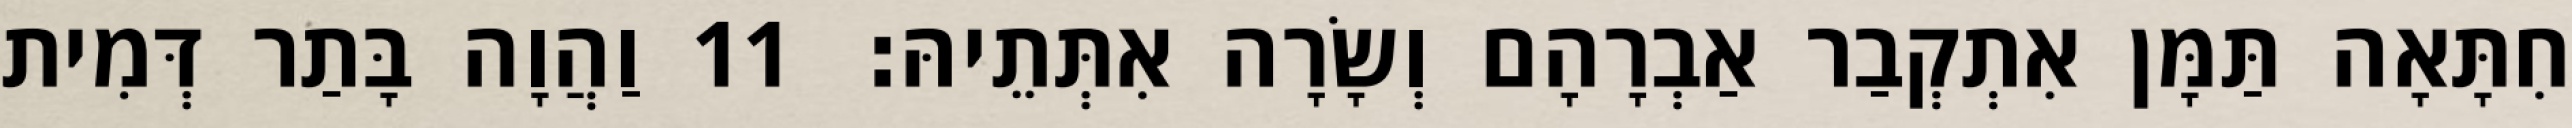
חִתָּאָה תַּמָּן אִתְקְבַר אַבְרָהָם וְשָׂרָה אִתְּתֵיהּ׃ 11 וַהֲוָה בָּתַר דְּמִית